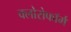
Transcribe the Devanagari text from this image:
क्‍लोरोफॉर्म